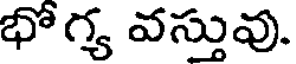
భోగ్య వస్తువు.